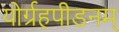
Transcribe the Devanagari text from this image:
योर्ग्रहपीडनम्